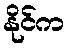
နိုင်က